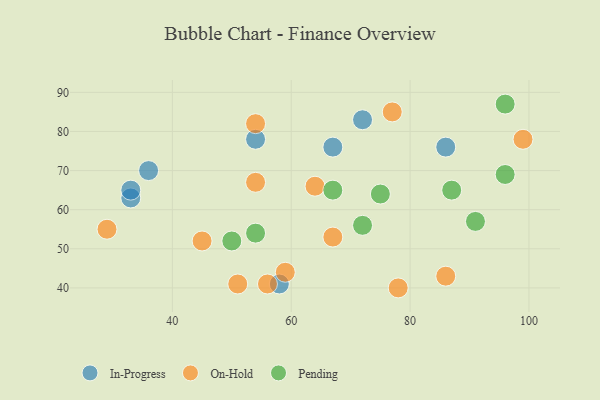
{"axis": {"x": "GDP", "y": "Life Expectancy"}, "legend": ["In-Progress", "On-Hold", "Pending"], "data": [{"x": "36", "y": 70, "type": "In-Progress"}, {"x": "67", "y": 76, "type": "In-Progress"}, {"x": "54", "y": 78, "type": "In-Progress"}, {"x": "86", "y": 76, "type": "In-Progress"}, {"x": "33", "y": 63, "type": "In-Progress"}, {"x": "58", "y": 41, "type": "In-Progress"}, {"x": "72", "y": 83, "type": "In-Progress"}, {"x": "33", "y": 65, "type": "In-Progress"}, {"x": "77", "y": 85, "type": "On-Hold"}, {"x": "78", "y": 40, "type": "On-Hold"}, {"x": "51", "y": 41, "type": "On-Hold"}, {"x": "64", "y": 66, "type": "On-Hold"}, {"x": "67", "y": 53, "type": "On-Hold"}, {"x": "56", "y": 41, "type": "On-Hold"}, {"x": "86", "y": 43, "type": "On-Hold"}, {"x": "54", "y": 82, "type": "On-Hold"}, {"x": "29", "y": 55, "type": "On-Hold"}, {"x": "54", "y": 67, "type": "On-Hold"}, {"x": "99", "y": 78, "type": "On-Hold"}, {"x": "45", "y": 52, "type": "On-Hold"}, {"x": "59", "y": 44, "type": "On-Hold"}, {"x": "91", "y": 57, "type": "Pending"}, {"x": "54", "y": 54, "type": "Pending"}, {"x": "75", "y": 64, "type": "Pending"}, {"x": "50", "y": 52, "type": "Pending"}, {"x": "67", "y": 65, "type": "Pending"}, {"x": "72", "y": 56, "type": "Pending"}, {"x": "96", "y": 69, "type": "Pending"}, {"x": "87", "y": 65, "type": "Pending"}, {"x": "96", "y": 87, "type": "Pending"}]}